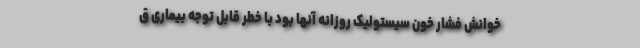
خوانش فشار خون سیستولیک روزانه آنها بود با خطر قابل توجه بیماری ق